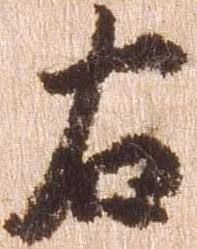
右